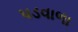
પડવાળા